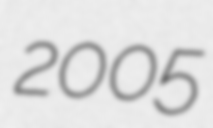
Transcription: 2005